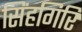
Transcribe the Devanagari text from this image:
सिंहगिरि